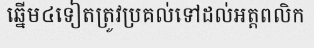
ឆ្នើម៤ទៀតត្រូវប្រគល់ទៅដល់អត្តពលិក